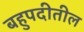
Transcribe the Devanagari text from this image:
बहुपदीतील